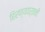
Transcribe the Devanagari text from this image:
हिरण्यवर्तनी